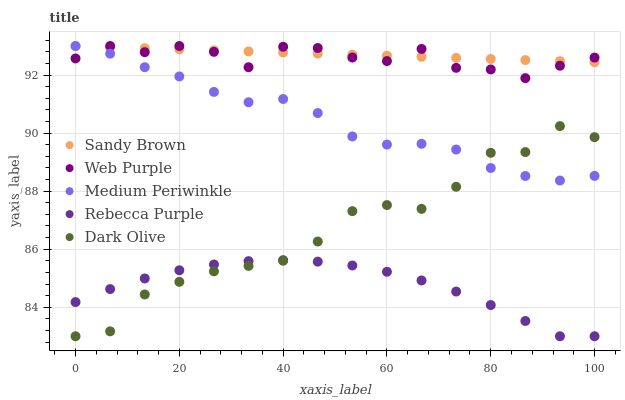
| xaxis_label | Sandy Brown | Web Purple | Medium Periwinkle | Rebecca Purple | Dark Olive |
 | --- | --- | --- | --- | --- | --- |
 | 0 | 93 | 92.6 | 93 | 84.2 | 83 |
 | 6.67 | 93 | 93 | 92.7 | 84.6 | 83.2 |
 | 13.3 | 92.9 | 92.8 | 92.3 | 85 | 84.4 |
 | 20 | 92.9 | 93 | 92 | 85.3 | 84.9 |
 | 26.7 | 92.9 | 92.8 | 91.4 | 85.5 | 85.2 |
 | 33.3 | 92.8 | 92.3 | 91.1 | 85.6 | 85.4 |
 | 40 | 92.8 | 93 | 91.2 | 85.6 | 85.6 |
 | 46.7 | 92.7 | 92.9 | 90.7 | 85.6 | 86.3 |
 | 53.3 | 92.7 | 92.6 | 89.9 | 85.4 | 87.3 |
 | 60 | 92.7 | 92.5 | 89.6 | 85.2 | 87.5 |
 | 66.7 | 92.6 | 92.9 | 89.6 | 84.9 | 87.4 |
 | 73.3 | 92.6 | 92.2 | 89.4 | 84.5 | 88.2 |
 | 80 | 92.6 | 92.2 | 88.8 | 84.1 | 89.3 |
 | 86.7 | 92.5 | 91.9 | 88.5 | 83.5 | 89.3 |
 | 93.3 | 92.5 | 92.3 | 88.4 | 83 | 90.2 |
 | 100 | 92.4 | 92.6 | 88.5 | 83 | 89.9 |